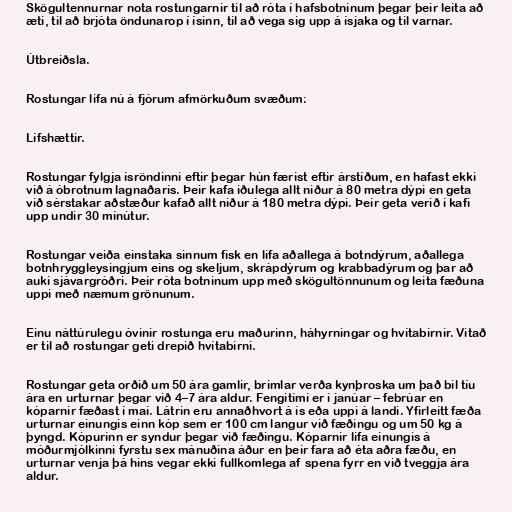
Skögultennurnar nota rostungarnir til að róta í hafsbotninum þegar þeir leita að
æti, til að brjóta öndunarop í ísinn, til að vega sig upp á ísjaka og til varnar.

Útbreiðsla.

Rostungar lifa nú á fjórum afmörkuðum svæðum:

Lífshættir.

Rostungar fylgja ísröndinni eftir þegar hún færist eftir árstíðum, en hafast ekki
við á óbrotnum lagnaðarís. Þeir kafa iðulega allt niður á 80 metra dýpi en geta
við sérstakar aðstæður kafað allt niður á 180 metra dýpi. Þeir geta verið í kafi
upp undir 30 mínútur.

Rostungar veiða einstaka sinnum fisk en lifa aðallega á botndýrum, aðallega
botnhryggleysingjum eins og skeljum, skrápdýrum og krabbadýrum og þar að
auki sjávargróðri. Þeir róta botninum upp með skögultönnunum og leita fæðuna
uppi með næmum grönunum.

Einu náttúrulegu óvinir rostunga eru maðurinn, háhyrningar og hvítabirnir. Vitað
er til að rostungar geti drepið hvítabirni.

Rostungar geta orðið um 50 ára gamlir, brimlar verða kynþroska um það bil tíu
ára en urturnar þegar við 4–7 ára aldur. Fengitími er í janúar – febrúar en
kóparnir fæðast í maí. Látrin eru annaðhvort á ís eða uppi á landi. Yfirleitt fæða
urturnar einungis einn kóp sem er 100 cm langur við fæðingu og um 50 kg á
þyngd. Kópurinn er syndur þegar við fæðingu. Kóparnir lifa einungis á
móðurmjólkinni fyrstu sex mánuðina áður en þeir fara að éta aðra fæðu, en
urturnar venja þá hins vegar ekki fullkomlega af spena fyrr en við tveggja ára
aldur.